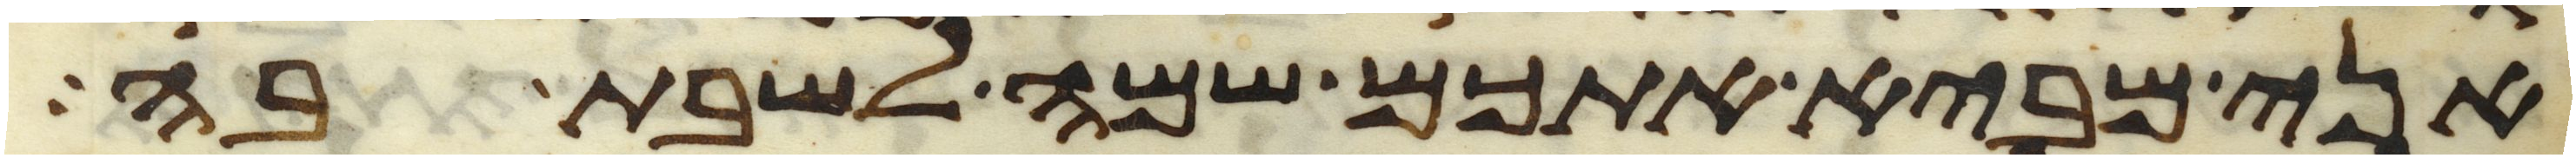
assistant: אני מביא אתכם שמה לשבת בה